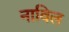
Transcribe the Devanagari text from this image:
नाविल